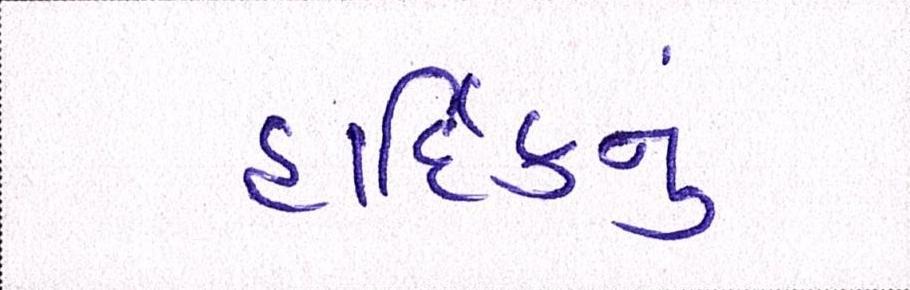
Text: હાર્દિકનું